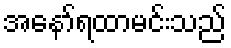
အနော်ရထာမင်းသည်